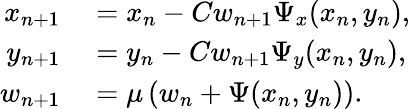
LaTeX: \begin{array}{rl}{x_{n+1}}&{{}=x_{n}-Cw_{n+1}\Psi_{x}(x_{n},y_{n}),}\\ {y_{n+1}}&{{}=y_{n}-Cw_{n+1}\Psi_{y}(x_{n},y_{n}),}\\ {w_{n+1}}&{{}=\mu\left(w_{n}+\Psi(x_{n},y_{n})\right).}\end{array}